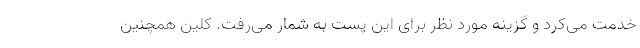
خدمت می‌کرد و گزینه مورد نظر برای این پست به شمار می‌رفت. کلین همچنین